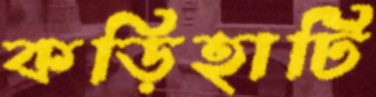
কড়িহাটি